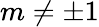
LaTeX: m\neq\pm 1